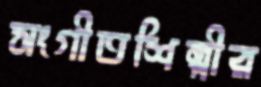
সংগীতশিল্পীর